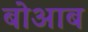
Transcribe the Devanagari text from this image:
बोआब